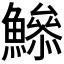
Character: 𩻦